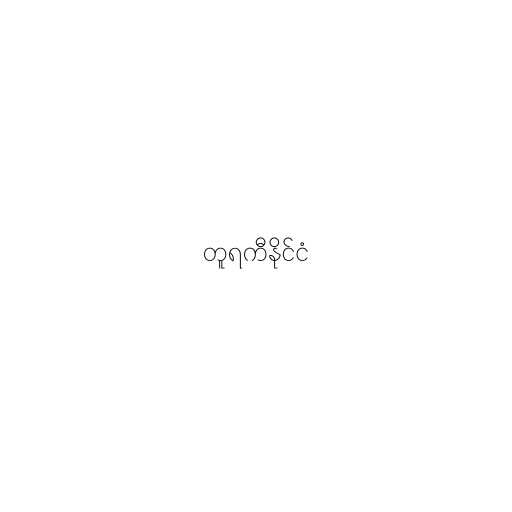
တူရကီနိုင်ငံ